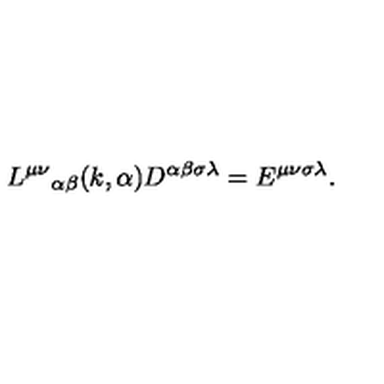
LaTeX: { L ^ { \mu \nu } } _ { \alpha \beta } ( k , \alpha ) D ^ { \alpha \beta \sigma \lambda } = E ^ { \mu \nu \sigma \lambda } .